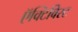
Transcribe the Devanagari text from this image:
ऍक्टिविस्ट